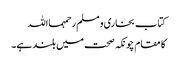
کتاب بخاری و مسلم رحمہمااللہ
کا مقام چونکہ صحت میں بلند ہے۔